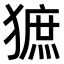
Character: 𤡍